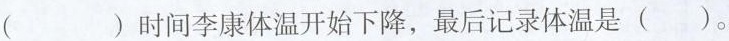
时间李康体温开始下降，最后记录体温是（）。